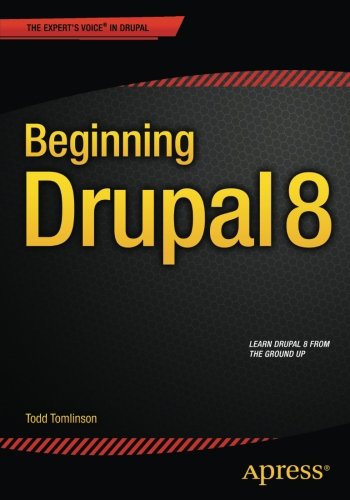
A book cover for Beginning Drupal 8; Todd Tomlinson; Computers & Technology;